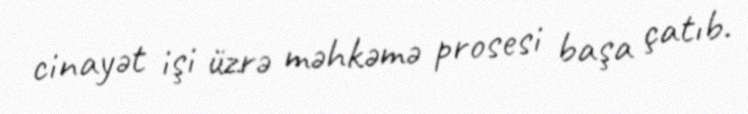
cinayət işi üzrə məhkəmə prosesi başa çatıb.